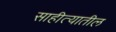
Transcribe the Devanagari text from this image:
साहीत्यातील